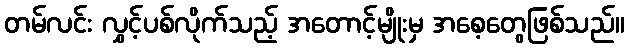
တမ်လင်း လွှင့်ပစ်လိုက်သည့် အတောင့်မျိုးမှ အစေ့တွေဖြစ်သည်။